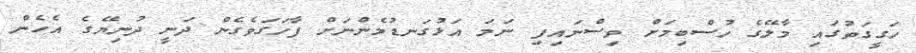
ހަގީގަތުގައި މާލޭގެ ހުސްބިމަށް ވިސްނައިފި ނަމަ އަޅުގަނޑުމެންނަށް ފާހަގަވެގެން ދަނީ ދުނިޔޭގެ އެހެން